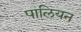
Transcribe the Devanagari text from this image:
पालियन